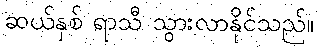
ဆယ်နှစ် ရာသီ သွားလာနိုင်သည်။